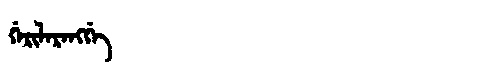
Manchu: ᡤᡝᡵᡳᠯᠠᡵᠠᠩᡤᡝ
Romanization: GERILARANGGE